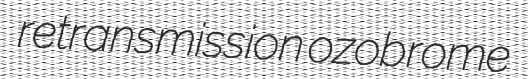
retransmission ozobrome